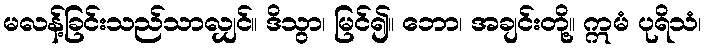
မလန့်ခြင်းသည်သာလျှင်။ ဒိသွာ၊ မြင်၍။ ဘော၊ အချင်းတို့။ ဣမံ ပုရိသံ၊